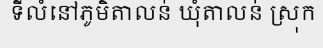
ទីលំនៅភូមិតាលន់ ឃុំតាលន់ ស្រុក